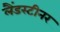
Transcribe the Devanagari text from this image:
लैंडस्टीनर